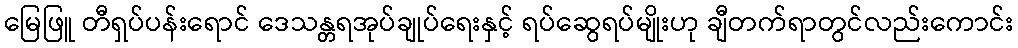
မြေဖြူ တီရှပ်ပန်းရောင် ဒေသန္တရအုပ်ချုပ်ရေးနှင့် ရပ်ဆွေရပ်မျိုးဟု ချီတက်ရာတွင်လည်းကောင်း